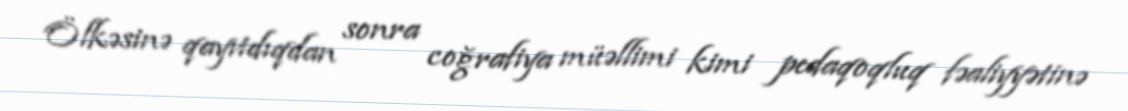
Ölkəsinə qayıtdıqdan sonra coğrafiya müəllimi kimi pedaqoqluq fəaliyyətinə